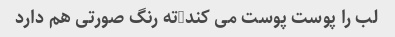
لب را پوست پوست می کند-ته رنگ صورتی هم دارد